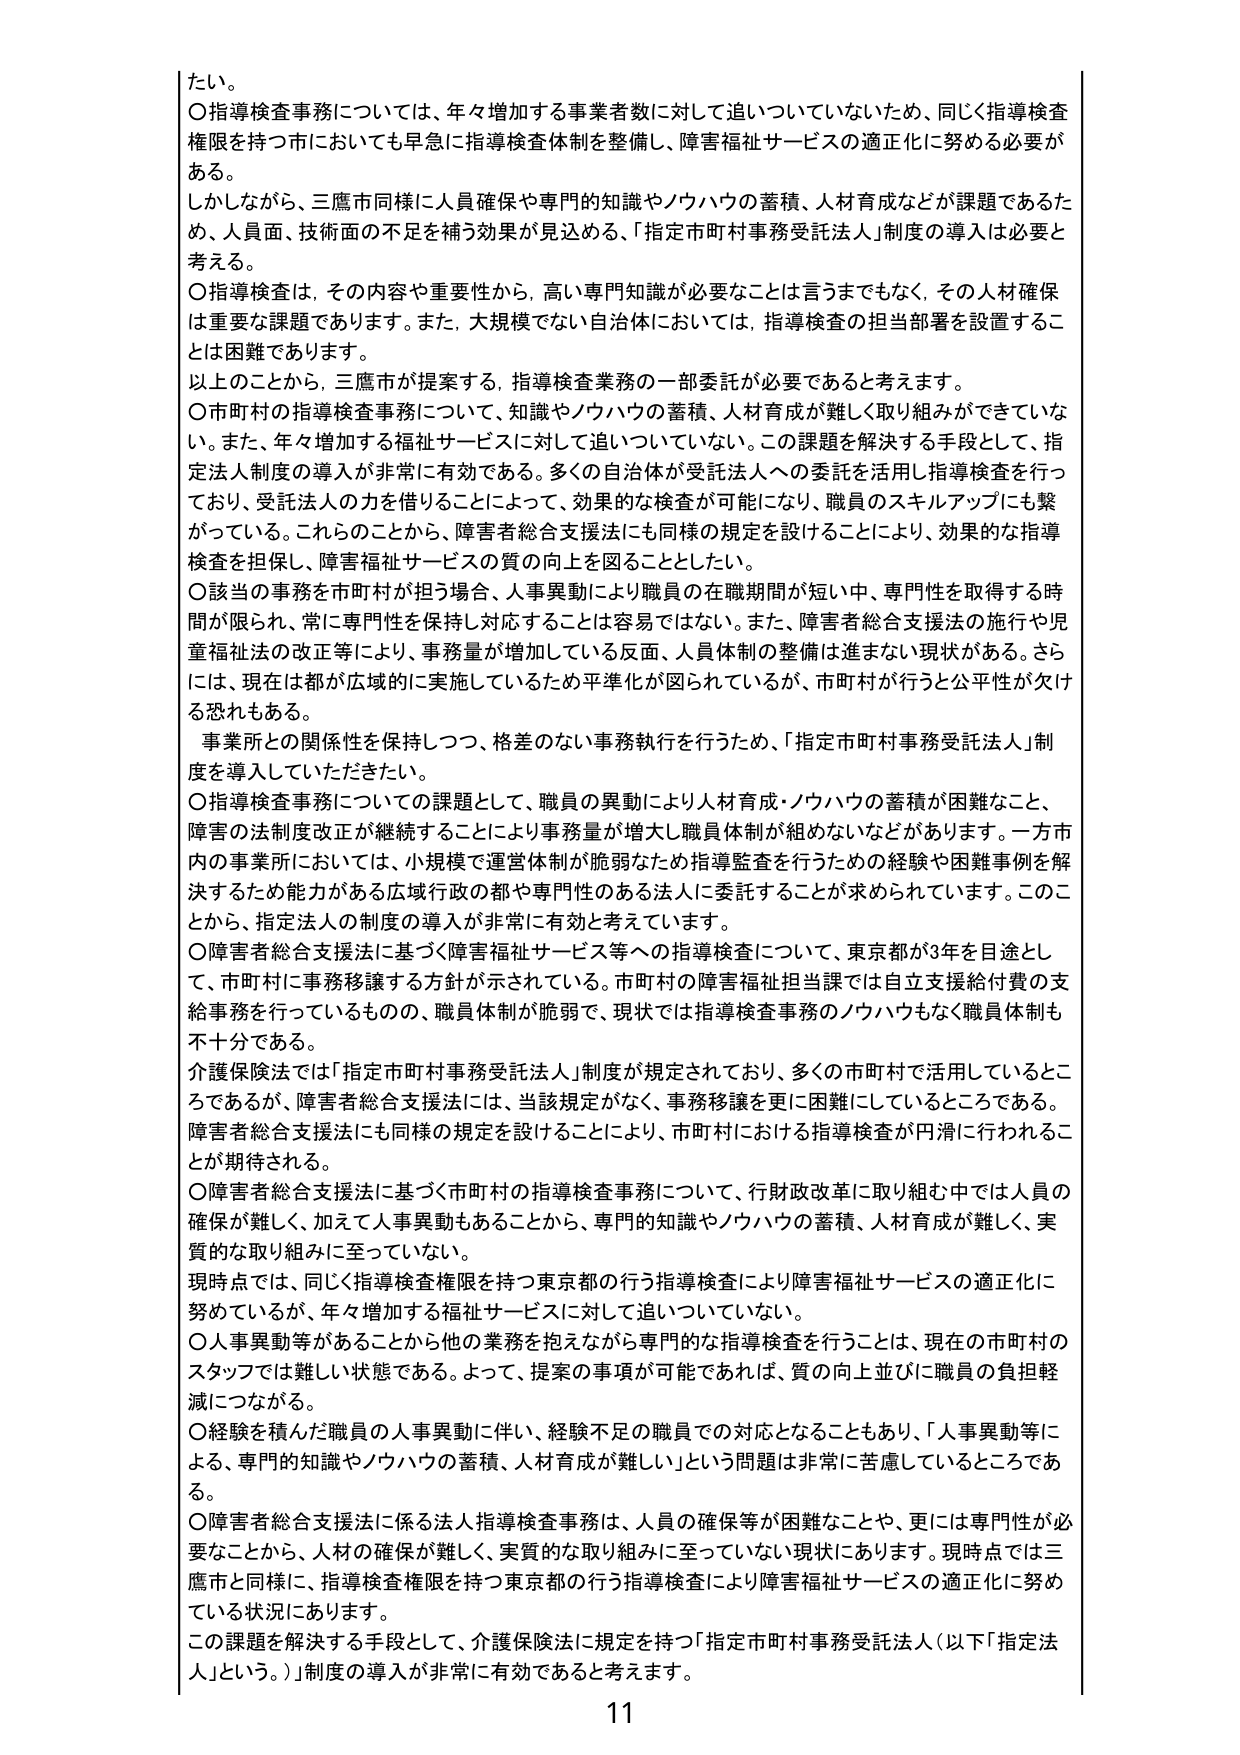
たい。

○指導検査事務については、年々増加する事業者数に対して追いついていないため、同じく指導検査権限を持つ市においても早急に指導検査体制を整備し、障害福祉サービスの適正化に努める必要がある。

しかしながら、三鷹市同様に人員確保や専門的知識やノウハウの蓄積、人材育成などが課題であるため、人員面、技術面の不足を補う効果が見込める、「指定市町村事務受託法人」制度の導入は必要と考える。

○指導検査は、その内容や重要性から、高い専門知識が必要なことは言うまでもなく、その人材確保は重要な課題であります。また、大規模でない自治体においては、指導検査の担当部署を設置することは困難であります。

以上のことから、三鷹市が提案する、指導検査業務の一部委託が必要であると考えます。

○市町村の指導検査事務について、知識やノウハウの蓄積、人材育成が難しく取り組みができていない。また、年々増加する福祉サービスに対して追いついていない。この課題を解決する手段として、指定法人制度の導入が非常に有効である。多くの自治体が受託法人への委託を活用し指導検査を行っており、受託法人の力を借りることによって、効果的な検査が可能になり、職員のスキルアップにも繋がっている。これらのことから、障害者総合支援法にも同様の規定を設けることにより、効果的な指導検査を担保し、障害福祉サービスの質の向上を図ることとしたい。

○該当の事務を市町村が担当場合、人事異動により職員の在職期間が短い中、専門性を取得する時間が限られ、常に専門性を保持し対応することは容易ではない。また、障害者総合支援法の施行や児童福祉法の改正等により、事務量が増加している反面、人員体制の整備は進まない現状がある。さらには、現在は都が広域的に実施しているため平準化が図られているが、市町村が行うと公平性が欠ける恐れもある。

事業所との関係性を保持しつつ、格差のない事務執行を行うため、「指定市町村事務受託法人」制度を導入していただきたい。

○指導検査事務についての課題として、職員の異動により人材育成・ノウハウの蓄積が困難なこと、障害の法制度改正が継続することにより事務量が増大し職員体制が組めないなどがあります。一方市内の事業所においては、小規模で運営体制が脆弱なため指導監査を行うための経験や困難事例を解決するための能力がある広域行政の都や専門性のある法人に委託することが求められています。このことから、指定法人の制度の導入が非常に有効と考えています。

○障害者総合支援法に基づく障害福祉サービス等への指導検査について、東京都が3年を目途として、市町村に事務移譲する方針が示されている。市町村の障害福祉担当課では自立支援給付費の支給事務を行っているものの、職員体制が脆弱で、現状では指導検査事務のノウハウもなく職員体制も不十分である。

介護保険法では「指定市町村事務受託法人」制度が規定されており、多くの市町村で活用しているところであるが、障害者総合支援法には、当該規定がなく、事務移譲を更に困難にしているところである。障害者総合支援法にも同様の規定を設けることにより、市町村における指導検査が円滑に行われることが期待される。

○障害者総合支援法に基づく市町村の指導検査事務について、行財政改革に取り組む中では人員の確保が難しく、加えて人事異動もあることから、専門的知識やノウハウの蓄積、人材育成が難しく、実質的な取り組みに至っていない。

現時点では、同じく指導検査権限を持つ東京都の行う指導検査により障害福祉サービスの適正化に努めているが、年々増加する福祉サービスに対して追いついていない。

○人事異動等があることから他の業務を抱えながら専門的な指導検査を行うことは、現在の市町村のスタッフでは難しい状態である。よって、提案の事項が可能であれば、質の向上並びに職員の負担軽減につながる。

○経験を積んだ職員の人事異動に伴い、経験不足の職員での対応となることもあり、「人事異動等による、専門的知識やノウハウの蓄積、人材育成が難しい」という問題は非常に苦慮しているところである。

○障害者総合支援法に係る法人指導検査事務は、人員の確保等が困難なことや、更には専門性が必要なことから、人材の確保が難しく、実質的な取り組みに至っていない現状にあります。現時点では三鷹市と同様に、指導検査権限を持つ東京都の行う指導検査により障害福祉サービスの適正化に努めている状況にあります。

この課題を解決する手段として、介護保険法に規定を持つ「指定市町村事務受託法人（以下「指定法人」という。）」制度の導入が非常に有効であると考えます。

11